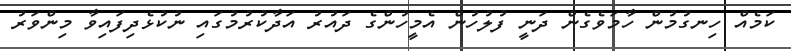
ކަމެއް ހިނގުމުން ހާމަވެގެން ދަނީ ފުލުހުން އެމީހުންގެ ދައުރު އަދާކުރުމުގައި ނުކުޅެދިފައިވާ މިންވަރު